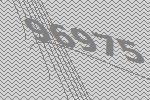
96975